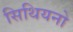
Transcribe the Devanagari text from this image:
सिथियनो